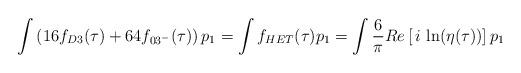
LaTeX: \begin{align*}\int \left(16f_{D3}(\tau)+64f_{03^-}(\tau)\right)p_1=\int f_{HET}(\tau)p_1=\int \frac{6}{\pi}Re \left[ \, i \, \ln(\eta(\tau)) \right]p_1\end{align*}